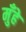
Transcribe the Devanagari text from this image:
मुँहे